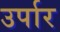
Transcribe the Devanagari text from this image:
उर्पार